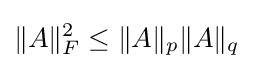
\|A\|_{F}^{2}\leq \|A\|_{p}\|A\|_{q}